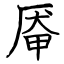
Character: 厣